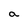
Character: a